Investigations into the jail dietaries of the United Provinces with some observations on the influence of dietary on the physical development and well-being of the people of the United Provinces - Number 48
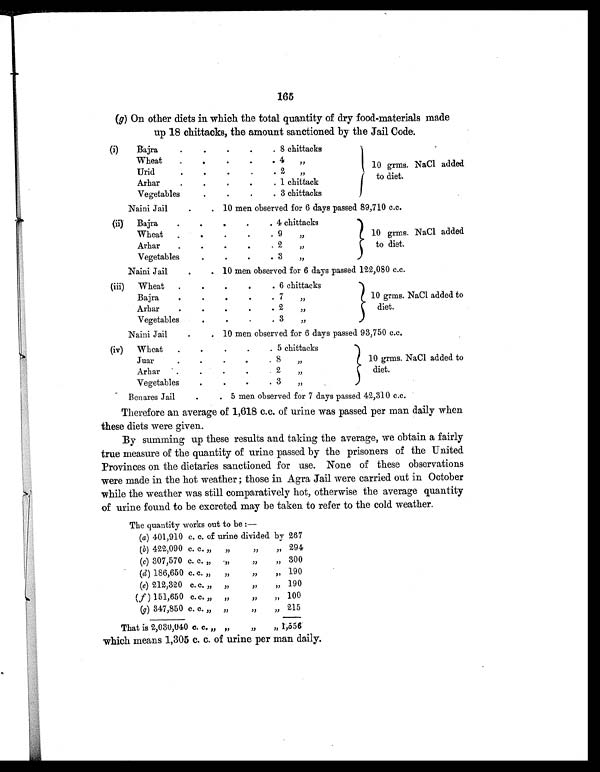
165
(g) On other diets in which the total quantity of dry food-materials made
up 18 chittacks, the amount sanctioned by the Jail Code.
(i) Bajra
.
.
.
.
. 8 chittacks
10 grms. NaCl added
to diet.
Wheat
.
.
.
.
. 4 „
Urid
.
.
.
.
. 2 ,,
Arhar
.
.
.
.
. 1 chittack
Vegetables
.
.
.
. 3 chittacks
Naini Jail
. .
10 men observed for 6 days passed 89,710 c.c.
(ii) Bajra
.
.
.
.
. 4 chittacks
10 grms. NaCl added
to diet.
Wheat
.
.
.
.
. 9 „
Arhar
.
.
.
.
. 2 „
Vegetables
.
.
.
. 3 ,,
Naini Jail
.
. 10 men observed for 6 days passed 122,080 c.c.
(iii) Wheat .
.
.
.
. 6 chittacks
10 grms. NaCl added to
diet.
Bajra
.
.
.
.
. 7 ,,
Arhar
.
.
.
.
. 2 „
Vegetables
. .
. . 3 ,,
Naini Jail
.
. 10 men observed for 6 days passed 93,750 c.c.
(iv) Wheat .
.
.
.
. 5 chittacks
10 grms. NaCl added to
diet.
Juar
.
.
. 8 ,,
Arhar
.
.
.
.
2 ,,
Vegetables
.
.
.
. 3 „
Benares Jail
.
. 5 men observed for 7 days passed 42,310 c.c.
Therefore an average of 1,618 c.c. of urine was passed per man daily when.
these diets were given.
By summing up these results and. taking the average, we obtain a fairly
true measure of the quantity of urine passed. by the prisoners of the United
Provinces on the dietaries sanctioned for use. None of these observations
were made in the hot weather ; those in Agra Jail were carried out in October
while the weather was still comparatively hot, otherwise the average quantity
of urine found to be excreted may be taken to refer to the cold weather.
The quantity works out to be :—
(a) 401,910 c. c. of urine divided by 267
(b) 422,090 c. c . „ „
„
„ 294
(c) 307,570 c. c. „ „
„
„ 300
(d) 186,650 c. c. „ „
„
„ 190
(e) 212,320 c. c. „ „
,,
„ 190
( f ) 151,650 c.c. „ „
„ „ 100
(g) 347,850 c. c. „ „
„
„ 215
That is 2,030,040 c. c. „ „
„ ,, 1,556
which means 1,305 c. c. of urine per man daily.